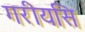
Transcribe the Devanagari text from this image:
गरीयसि